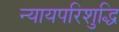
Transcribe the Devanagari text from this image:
न्यायपरिशुद्धि